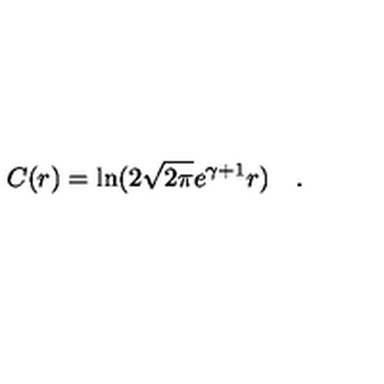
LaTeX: C ( r ) = \ln ( 2 \sqrt { 2 \pi } e ^ { \gamma + 1 } r ) \quad .